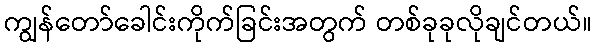
ကျွန်တော်ခေါင်းကိုက်ခြင်းအတွက် တစ်ခုခုလိုချင်တယ်။